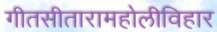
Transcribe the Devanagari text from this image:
गीतसीतारामहोलीविहार